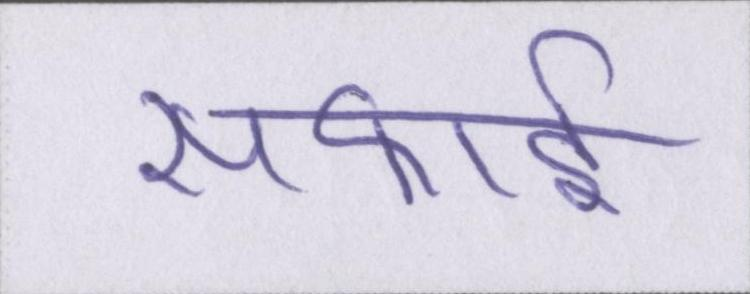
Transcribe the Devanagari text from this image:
सफाई